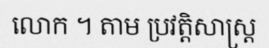
លោក ។ តាម ប្រវត្តិសាស្ត្រ